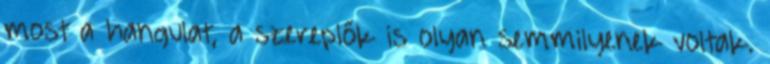
most a hangulat, a szereplők is olyan semmilyenek voltak.